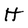
Character: H